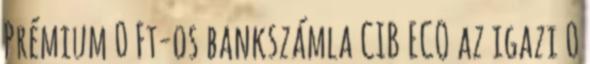
Prémium 0 Ft-os bankszámla CIB ECO az igazi 0